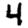
Digit: 4